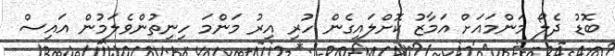
ބޮޑު ދެލޯ މަންމައަށް އަމާޒު ކޮށްލައިގެން ހުރި އިރު މަންމަ ހިނިތުންވެލަމުން އައިސް